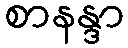
စာနန္ဒာ